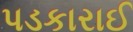
પડકારાઈ